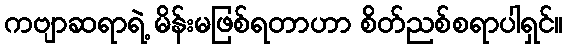
ကဗျာဆရာရဲ့ မိန်းမဖြစ်ရတာဟာ စိတ်ညစ်စရာပါရှင်။